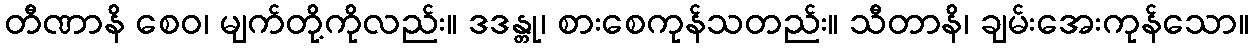
တီဏာနိ စေဝ၊ မျက်တို့ကိုလည်း။ ဒဒန္တု၊ စားစေကုန်သတည်း။ သီတာနိ၊ ချမ်းအေးကုန်သော။